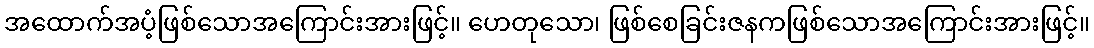
အထောက်အပံ့ဖြစ်သောအကြောင်းအားဖြင့်။ ဟေတုသော၊ ဖြစ်စေခြင်းဇနကဖြစ်သောအကြောင်းအားဖြင့်။